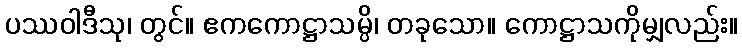
ပဿဝါဒီသု၊ တွင်။ ဧကကောဋ္ဌာသမ္ပိ၊ တခုသော။ ကောဋ္ဌာသကိုမျှလည်း။